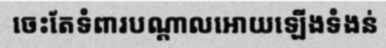
ចេះតែទំពារបណ្តាលអោយឡើងទំងន់